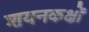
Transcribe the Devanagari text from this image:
शयनकक्षों